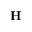
\mathbf { H }